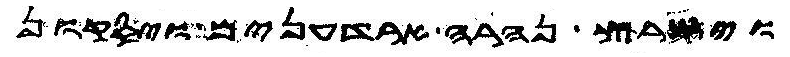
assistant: וישרץ נהרה ארדענים ויסקון